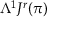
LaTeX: \Lambda ^ { 1 } J ^ { r } ( \pi )